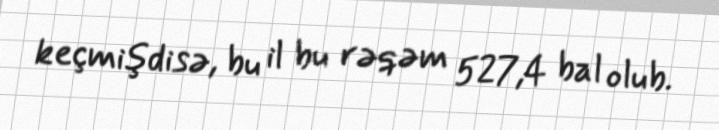
keçmişdisə, bu il bu rəqəm 527,4 bal olub.